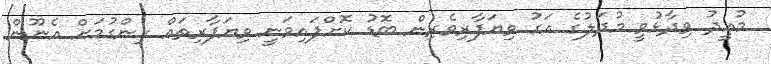
މުއީދު ވިދާޅުވީ މުދަލުގެ އަގު ވިޔަފާރިވެރިން ބޮޑު ކޮށްފައިވަނީ ވިޔަފާރިތައް ހިންގުމަށް އެނޫން